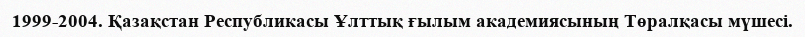
1999-2004. Қазақстан Республикасы Ұлттық ғылым академиясының Төралқасы мүшесі.